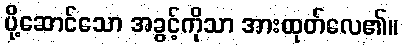
ပို့ဆောင်သော အခွင့်ကိုသာ အားထုတ်လေ၏။